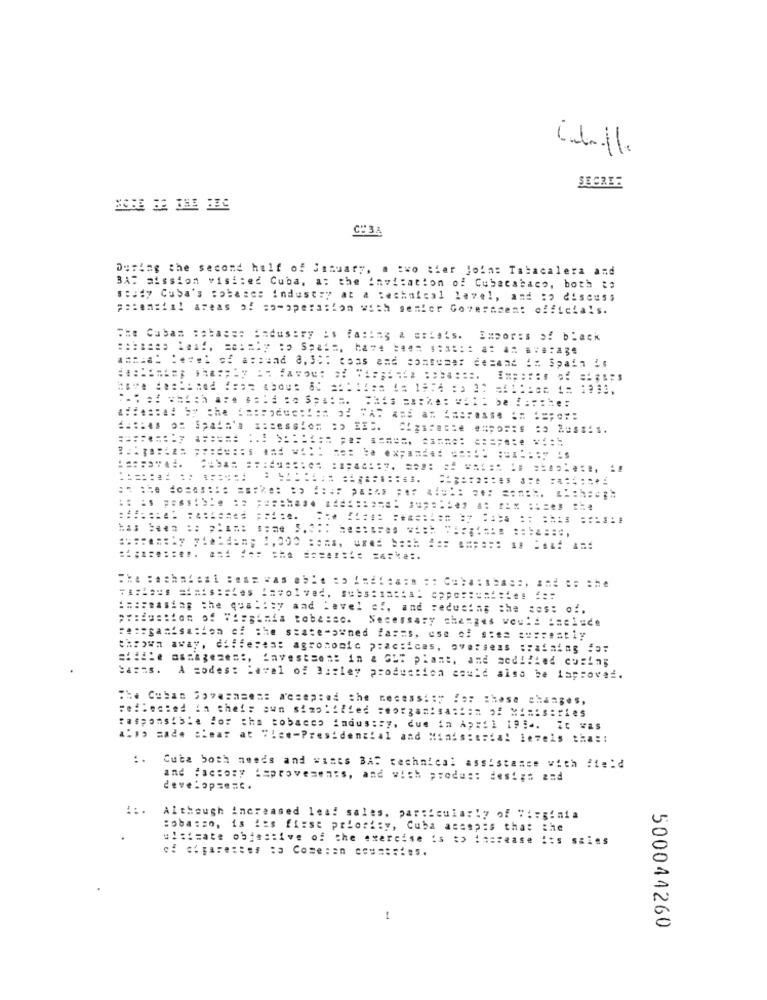
SECREE
CH34
During the second half of January, a two tier join: Tabacalera and
BAT mission visited Cuba, at the invitation of Cubacabaco, both te
s:ady Cuba's :obases Industry at a technical 1ave1, and :o discuss
potensial areas of soperation with senior Government officials.
The Cuban :atas == == dustry is facing & atiets. Empor:s of black
amacal level of around 8, 30: coas and consumer demand :* Spain is
====== ... .====== ======== ====== ======= ====
======= == ======
:#:ceasing the qual: : y and level of, and reducing the ses: of.
tion of the state-owned farms, ese of s.
thrown away, different agrotonic practices, overseas :rafalag ===
siidie assagezes :, investsent in a GUT plant, and aod !! ied curing
A codes: Level of 3 :: ley production could also be iaprovei.
Che Caban Spy .===== asep:ed the necess: : y for those changes,
reflected in their own simplified chorganisation of Ministries
:aspossible For the tobacco industry, due in Ap :: 1 19 ... It was
also sade Bear at Wien-Presidential and Minis:trial levels tha ::
..
Cuba both needs and wants BAC technical assistance with field
and #setowy iaprovements, and with prode :: design z=d
develop === c.
::.
Although increased lead sales, particularly of Virginia
is ies fizse priority, Cuba assep:s that the
u !: iHate objective of the exercise is :> increase :: s SBis
== ========= = Cose == ======= s.
500044260